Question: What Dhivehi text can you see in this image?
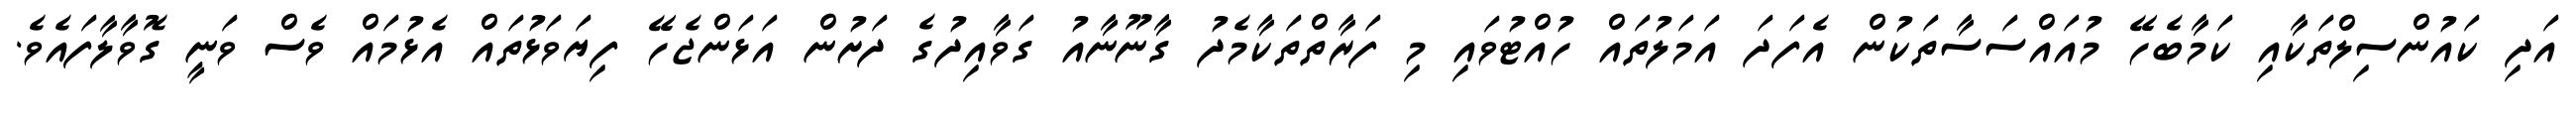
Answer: އަދި ކައުންސިލްތަކާއި ކަމާބެހޭ މުއައްސަސާތަކުން އެފަދަ އަމަލުތައް ހުއްޓުވައި މި ފަރާތްތަކާމެދު ގާނޫނާއު ގަވާއިދުގެ ދަށުން އަޅަންޖެހޭ ފިޔަވަޅުތައް އެޅުމައް ވެސް ވަނީ ގޮވާލާފައެވެ.